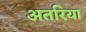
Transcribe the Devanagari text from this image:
अतरिया